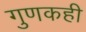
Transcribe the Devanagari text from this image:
गुणकही